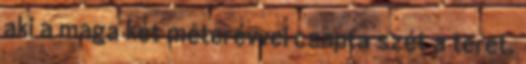
aki a maga két méterévvel csapta szét a teret.